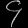
Digit: ၄